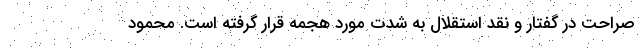
صراحت در گفتار و نقد استقلال به شدت مورد هجمه قرار گرفته است. محمود